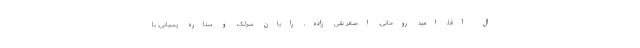
آل آقا، امید روحانی، اصغر نقی زاده، رایان سرلک و ستاره پسیانی، با